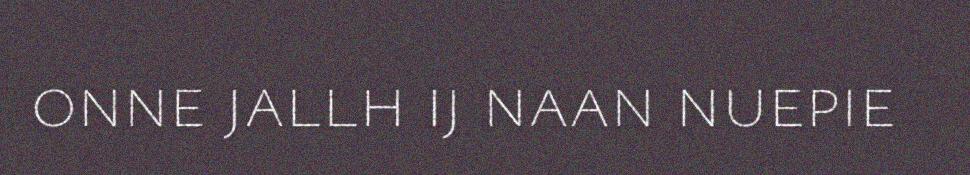
onne jallh ij naan nuepie